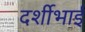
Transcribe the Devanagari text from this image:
दर्शीभाई